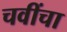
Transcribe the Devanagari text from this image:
चवींचा